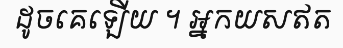
ដូចគេឡើយ ។ អ្នកយសឥត